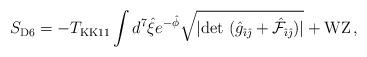
LaTeX: \begin{align*}S_{{\rm D6}} = -T_{{\rm KK11}} \int d^{7}\hat{\xi}e^{-\hat{\phi}} \sqrt{|{\rm det}\ (\hat{g}_{\hat{\imath}\hat{\jmath}} +{\hat {\cal F}}_{\hat {\imath} \hat {\jmath}})|} +{\rm WZ}\, ,\end{align*}